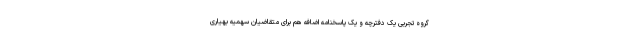
گروه تجربی یک دفترچه و یک پاسخنامه اضافه هم برای متقاضیان سهمیه بهیاری